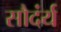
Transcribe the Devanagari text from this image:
सौदंर्य